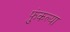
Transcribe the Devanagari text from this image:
फुंकल्या